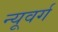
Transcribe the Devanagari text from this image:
न्यूवर्ग